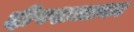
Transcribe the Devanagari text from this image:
दीपशलाका